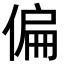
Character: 偏